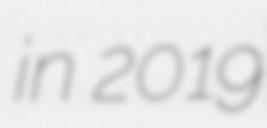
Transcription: in 2019